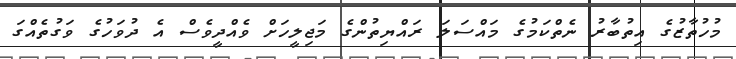
މުހުތާޒުގެ އިތުބާރު ނެތްކަމުގެ މައްސަލަ ރައްޔިތުންގެ މަޖިލީހަށް ވެއްދީވެސް އެ ދުވަހުގެ ވަގުތެއްގަ